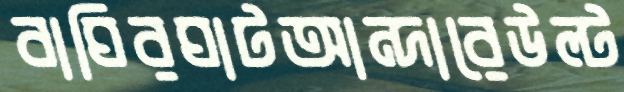
বাঘিরঘাটআন্দারেউল্‌ট